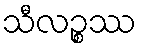
သီလဉ္စဿ